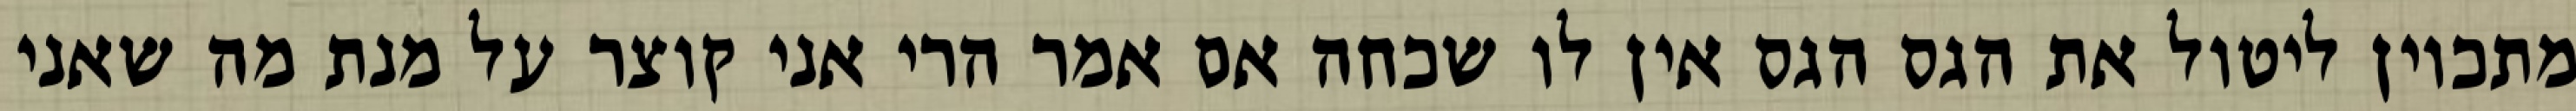
מתכוין ליטול את הגס הגס אין לו שכחה אם אמר הרי אני קוצר על מנת מה שאני